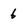
Character: 6